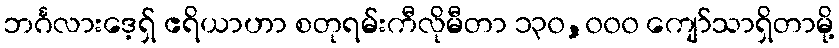
ဘင်္ဂလားဒေ့ရှ် ဧရိယာဟာ စတုရမ်းကီလိုမီတာ ၁၃၀,၀၀၀ ကျော်သာရှိတာမို့